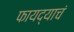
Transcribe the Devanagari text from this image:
फायद्याचं